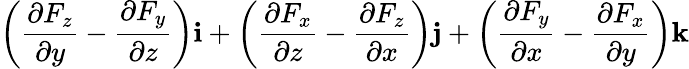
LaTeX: \left({\frac{\partial F_{z}}{\partial y}}-{\frac{\partial F_{y}}{\partial z}}\right)\mathbf{i}+\left({\frac{\partial F_{x}}{\partial z}}-{\frac{\partial F_{z}}{\partial x}}\right)\mathbf{j}+\left({\frac{\partial F_{y}}{\partial x}}-{\frac{\partial F_{x}}{\partial y}}\right)\mathbf{k}